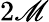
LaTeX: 2\mathscr{M}